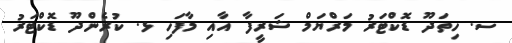
ސ. ހިތަދޫ ޑޮކްޓަރު މަރްޔަމް ޝަރީފާ އާއި މާފަހި ޅ. ކުރެންދޫ ޑޮކްޓަރު